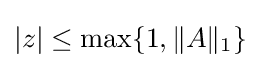
|z|\leq \max\{1,\|A\|_{1}\}